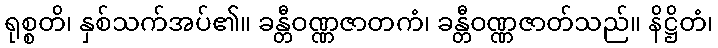
ရုစ္စတိ၊ နှစ်သက်အပ်၏။ ခန္တီဝဏ္ဏဇာတကံ၊ ခန္တီဝဏ္ဏဇာတ်သည်။ နိဋ္ဌိတံ၊